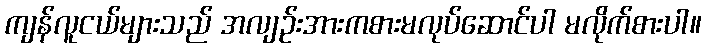
ကျန်လူငယ်များသည် အလျဉ်းအားကစားမလုပ်ဆောင်ပါ မလိုက်စားပါ။